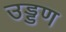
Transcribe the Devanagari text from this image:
उड्डण